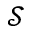
\mathcal S